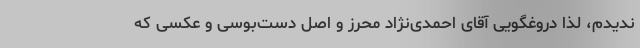
ندیدم، لذا دروغگویی آقای احمدی‌نژاد محرز و اصل دست‌بوسی و عکسی که